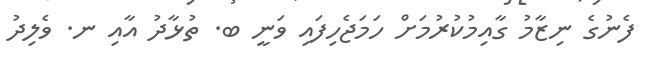
ފެނުގެ ނިޒާމު ގާއިމުކުރުމަށް ހަމަޖެހިފައި ވަނީ ބ. ތުޅާދު އާއި ނ. ވެލިދު